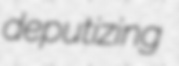
deputizing